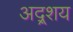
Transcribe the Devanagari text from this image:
अद्र्शय